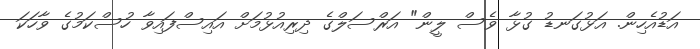
އަޑުއެހިން. އަޅުގަނޑު ގުޅާ ވެސް ލީން" އަރްސަލްގެ ދިރިއުޅުމަށް އައިސްފައިވާ ހުސްކަމުގެ ވާހަކަ